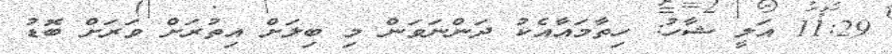
11:29 އަލީ ޝާހު: ހިތާމައާއެކު ދަންނަވަން މި ބިލަށް އިތުރަށް ވަރަށް ބޮޑު